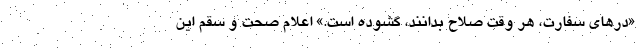
«درهای سفارت، هر وقت صلاح بدانند، گشوده است.» اعلام صحت و سقم این